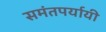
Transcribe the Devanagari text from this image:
समंतपर्यायी